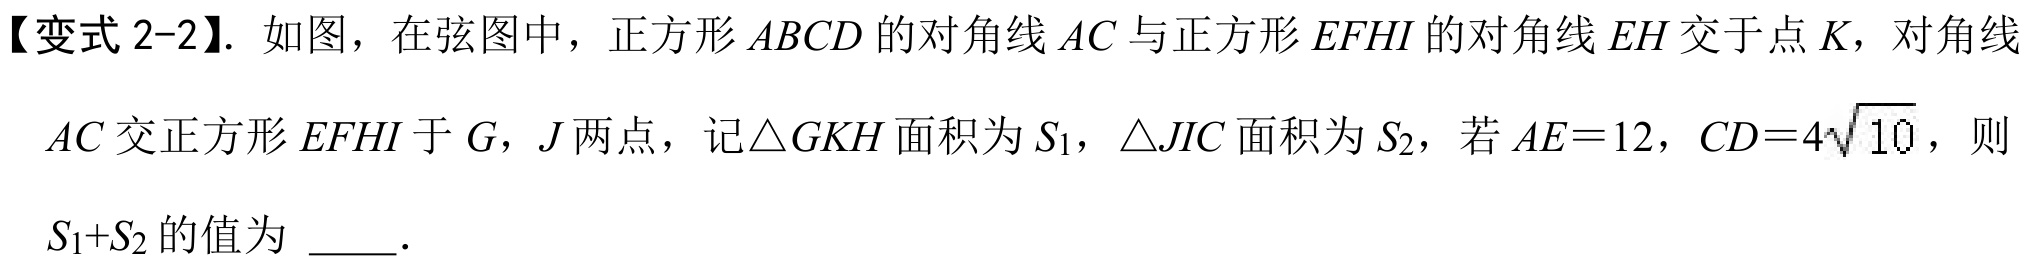
【变式 2-2】. 如图，在弦图中，正方形 \(ABCD\) 的对角线 \(AC\) 与正方形 \(EFHI\) 的对角线 \(EH\) 交于点 \(K\)，对角线
\(AC\) 交正方形 \(EFHI\) 于 \(G\)，\(J\) 两点，记\(\triangle GKH\) 面积为 \(S_{1}\)，\(\triangle JIC\) 面积为 \(S_{2}\)，若 \(AE = 12\)，\(CD = 4\sqrt{10}\)，则
\(S_{1}+S_{2}\) 的值为  ．